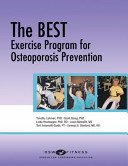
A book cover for The BEST Excercise Program for Osteoporosis Prevention; Tim Lohman PhD; Health, Fitness & Dieting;